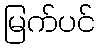
မြက်ပင်